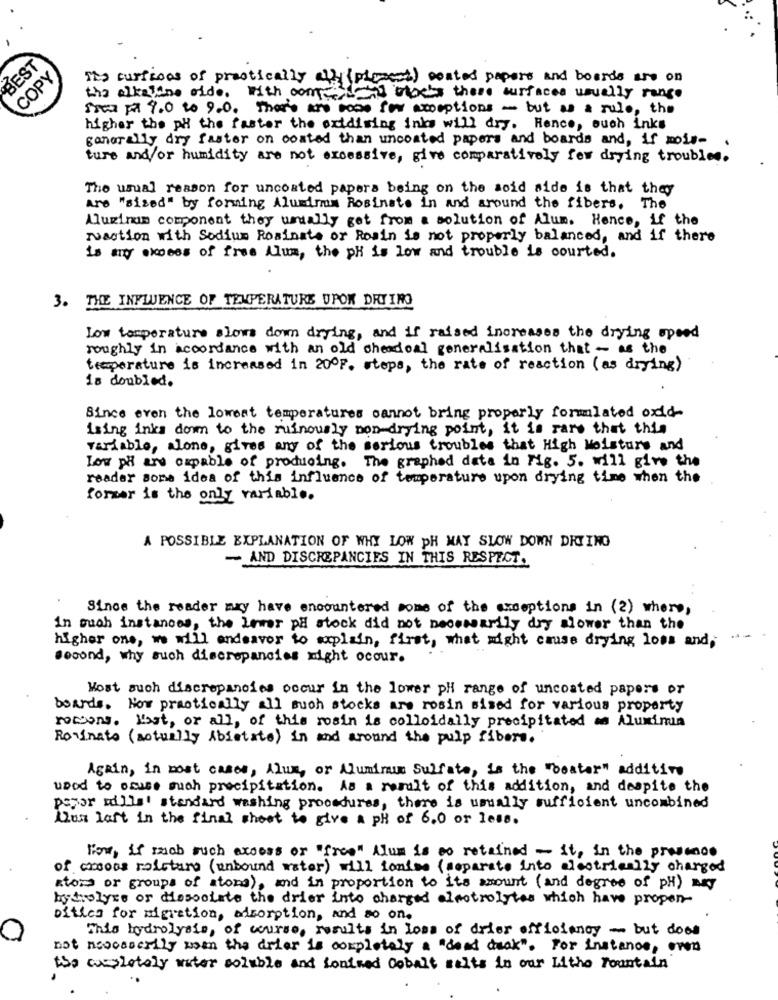
BEST
COPY
Its curicons of practically ally (plusest) coated papers and boards are on
the alkaline cide.
with com- Acht stocks these surfaces usually range
Sse Fl 9.0 to 9.0. There are some for exceptions - but as a rule, the
higher the py the faster the oxidising inks will dry. Hence, such inks
generally dry faster on coated than uncoated papers and boards and, if mois-
ture and/or humidity are not excessive, give comparatively for drying troubles.
The usual reason for uncoated papera being on the soid aide is that they
Are "sized" by forming Alumdrmm Rosinate in and around the fibers. The
Aluminum component they usually get from a solution of Alum. Hence, if the
Faction with Sodium Rosinate or Rosin is not properly balanced, and if there
is my excess of free Alum, the ph is low and trouble is courted.
3. THE INFLUENCE OF TEMPERATURE UPOK DRYING
Low temperature slows down drying, and if raised increases the drying speed
roughly in accordance with an old cheadoal generalization that - as the
temperature is increased in 200F. steps, the rate of reaction (as drying)
is doubled.
Since even the lowest temperatures cannot bring properly formulated oxid-
ising inks down to the ruinously non-drying point, it is rare that this
variable, alone, gives any of the serious troubles that High Moisture and
Low ph are capable of producing. The graphed data in Fig. 5. will give the
reader some idea of this influence of temperature upon drying time when the
forzer is the only variable.
A POSSIBLE EXPLANATION OF WHY LOW PH MAY SLOW DOWN DRYING
- AND DISCREPANCIES IN THIS RESPECT.
Since the reader may have encountered some of the exceptions in (2) where,
In such instances, the lower på stock did not necessarily dry alower than the
higher one, we will endeavor to explain, first, what might cause drying loss and,
second, why such discrepancies right ocour.
Most such discrepancies occur in the lower pl range of uncoated papers or
boards. Now practically all such stocks are rosin sized for various property
roccons. lost, or all, of this rosin is colloidally precipitated as Alumimin
Rovinato (actually Abistate) in and around the pulp fibers.
Again, in most cases, Alum, or Aluminum Sulfate, is the "beater" additive
used to cause such precipitation. As a result of this addition, and despite the
paper mills' standard washing procedures, there is usually sufficient uncombined
Que laft in the final sheet to give a ph of 6.0 or less.
For, if rob such excess or "free" Alum is so retained - it, in the presence
of cross raicture (unbound water) will ionise (separate into electrically charged
ators or groups of atons), and in proportion to its amount (and degree of PH) my
bytcolyre or Messolate the drier into charged aleotrolytes which have propen-
oftics for migration, adsorption, and so on.
This hydrolysis, of course, results in loss of drier efficiency - but does
not necesarily when the drier is completely a "dead deak". For instance, oven
the completely water soluble and Lonimed Cobalt salts in our Lithe Fountain